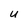
Character: U